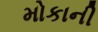
મોકાની